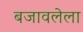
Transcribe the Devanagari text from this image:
बजावलेला